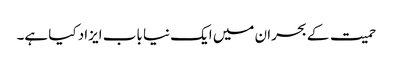
حمیت کے بحران میں ایک نیا باب ایزاد کیا ہے۔